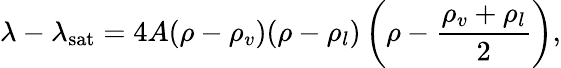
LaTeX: \lambda-\lambda_{\mathrm{sat}}=4A(\rho-\rho_{v})(\rho-\rho_{l})\left(\rho-\frac{\rho_{v}+\rho_{l}}{2}\right),